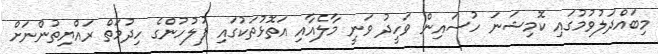
މިބައްދަލުވުމުގައި ކޮމިޝަނަ ހުސައިން ވަހީދު ވަނީ މާލެއާއި އަތޮޅުތަކުގައި ފުލުހުންގެ ހިދުމަތް ރައްޔިތުންނަށް